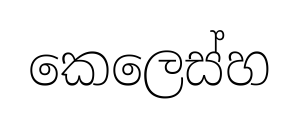
කෙලෙස්හ